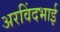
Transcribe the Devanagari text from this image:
अरविंदभाई